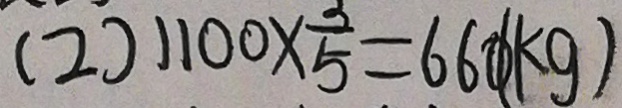
( 2 ) 1 1 0 0 \times \frac { 3 } { 5 } = 6 6 0 ( k g )